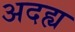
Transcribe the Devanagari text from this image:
अदह्य